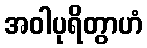
အဝါပုရိတွာဟံ